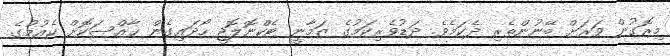
މިރޮގުން ވަރަށް ބޭނުންތެރި ދެކަމެވެ. ދަޑުވެރިކަމުގެ ޒަމާނީ ޓެކްނޮލޮޖީ ހޯދައިގެން ޚާއްސަކޮށް ކެއުމުގެ